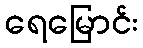
ရေမြောင်း